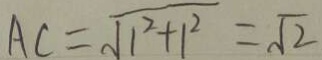
A C = \sqrt { 1 ^ { 2 } + 1 ^ { 2 } } = \sqrt { 2 }